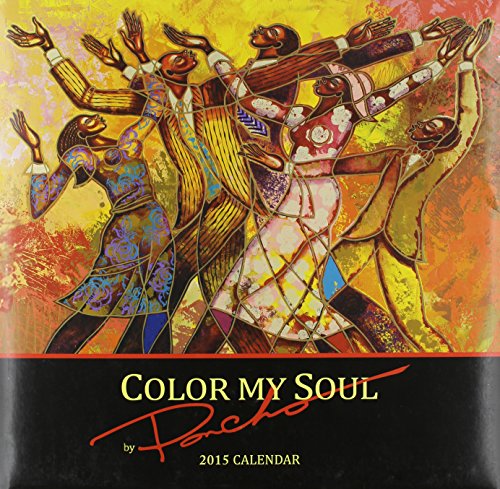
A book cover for Color My Soul by "Poncho" 2015 Calendar; Calendars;